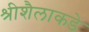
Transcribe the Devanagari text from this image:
श्रीशैलाकडे